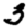
Digit: 3